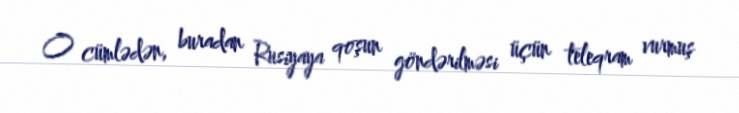
O cümlədən, buradan Rusiyaya qoşun göndərilməsi üçün teleqram vurmuş